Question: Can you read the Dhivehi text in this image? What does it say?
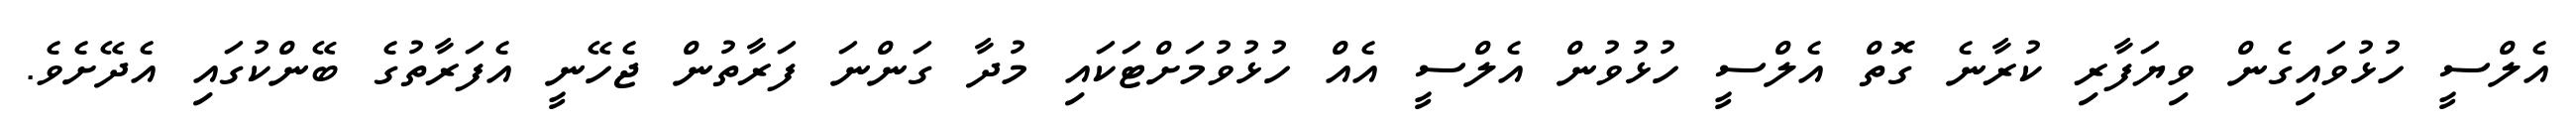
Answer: އެލްސީ ހުޅުވައިގެން ވިޔަފާރި ކުރާނެ ގޮތް އެލްސީ ހުޅުވުން އެލްސީ އެއް ހުޅުވުމަށްޓަކައި މުދާ ގަންނަ ފަރާތުން ޖެހޭނީ އެފަރާތުގެ ބޭންކުގައި އެދޭށެވެ.